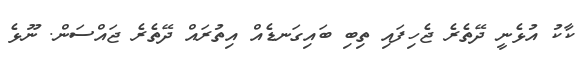
ކާކު އުޅެނީ ދޭތެރެ ޖެހިފައި ތިބި ބައިގަނޑެއް އިތުރައް ދޭތެރެ ޖައްސަން. ނޫޅެ